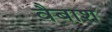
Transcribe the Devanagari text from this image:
वैबाश